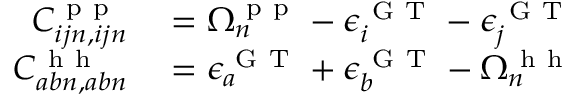
\begin{array} { r l } { C _ { i j n , i j n } ^ { \mathrm { ~ p ~ p ~ } } } & { { } = \Omega _ { n } ^ { \mathrm { ~ p ~ p ~ } } - \epsilon _ { i } ^ { \mathrm { ~ G ~ T ~ } } - \epsilon _ { j } ^ { \mathrm { ~ G ~ T ~ } } } \\ { C _ { a b n , a b n } ^ { \mathrm { ~ h ~ h ~ } } } & { { } = \epsilon _ { a } ^ { \mathrm { ~ G ~ T ~ } } + \epsilon _ { b } ^ { \mathrm { ~ G ~ T ~ } } - \Omega _ { n } ^ { \mathrm { ~ h ~ h ~ } } } \end{array}